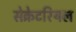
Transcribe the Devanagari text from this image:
सेक्रेटरियल